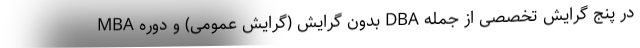
MBA بدون گرایش (گرایش عمومی) و دوره DBA در پنج گرایش تخصصی از جمله